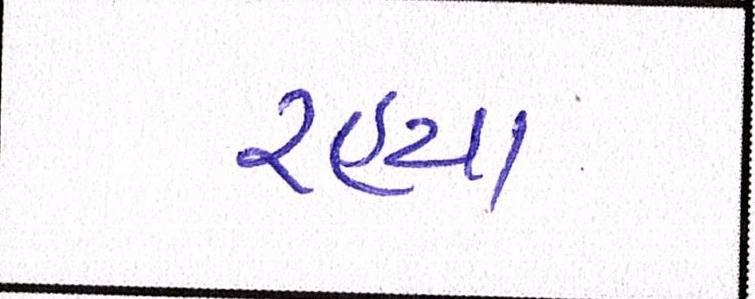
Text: રહ્યા